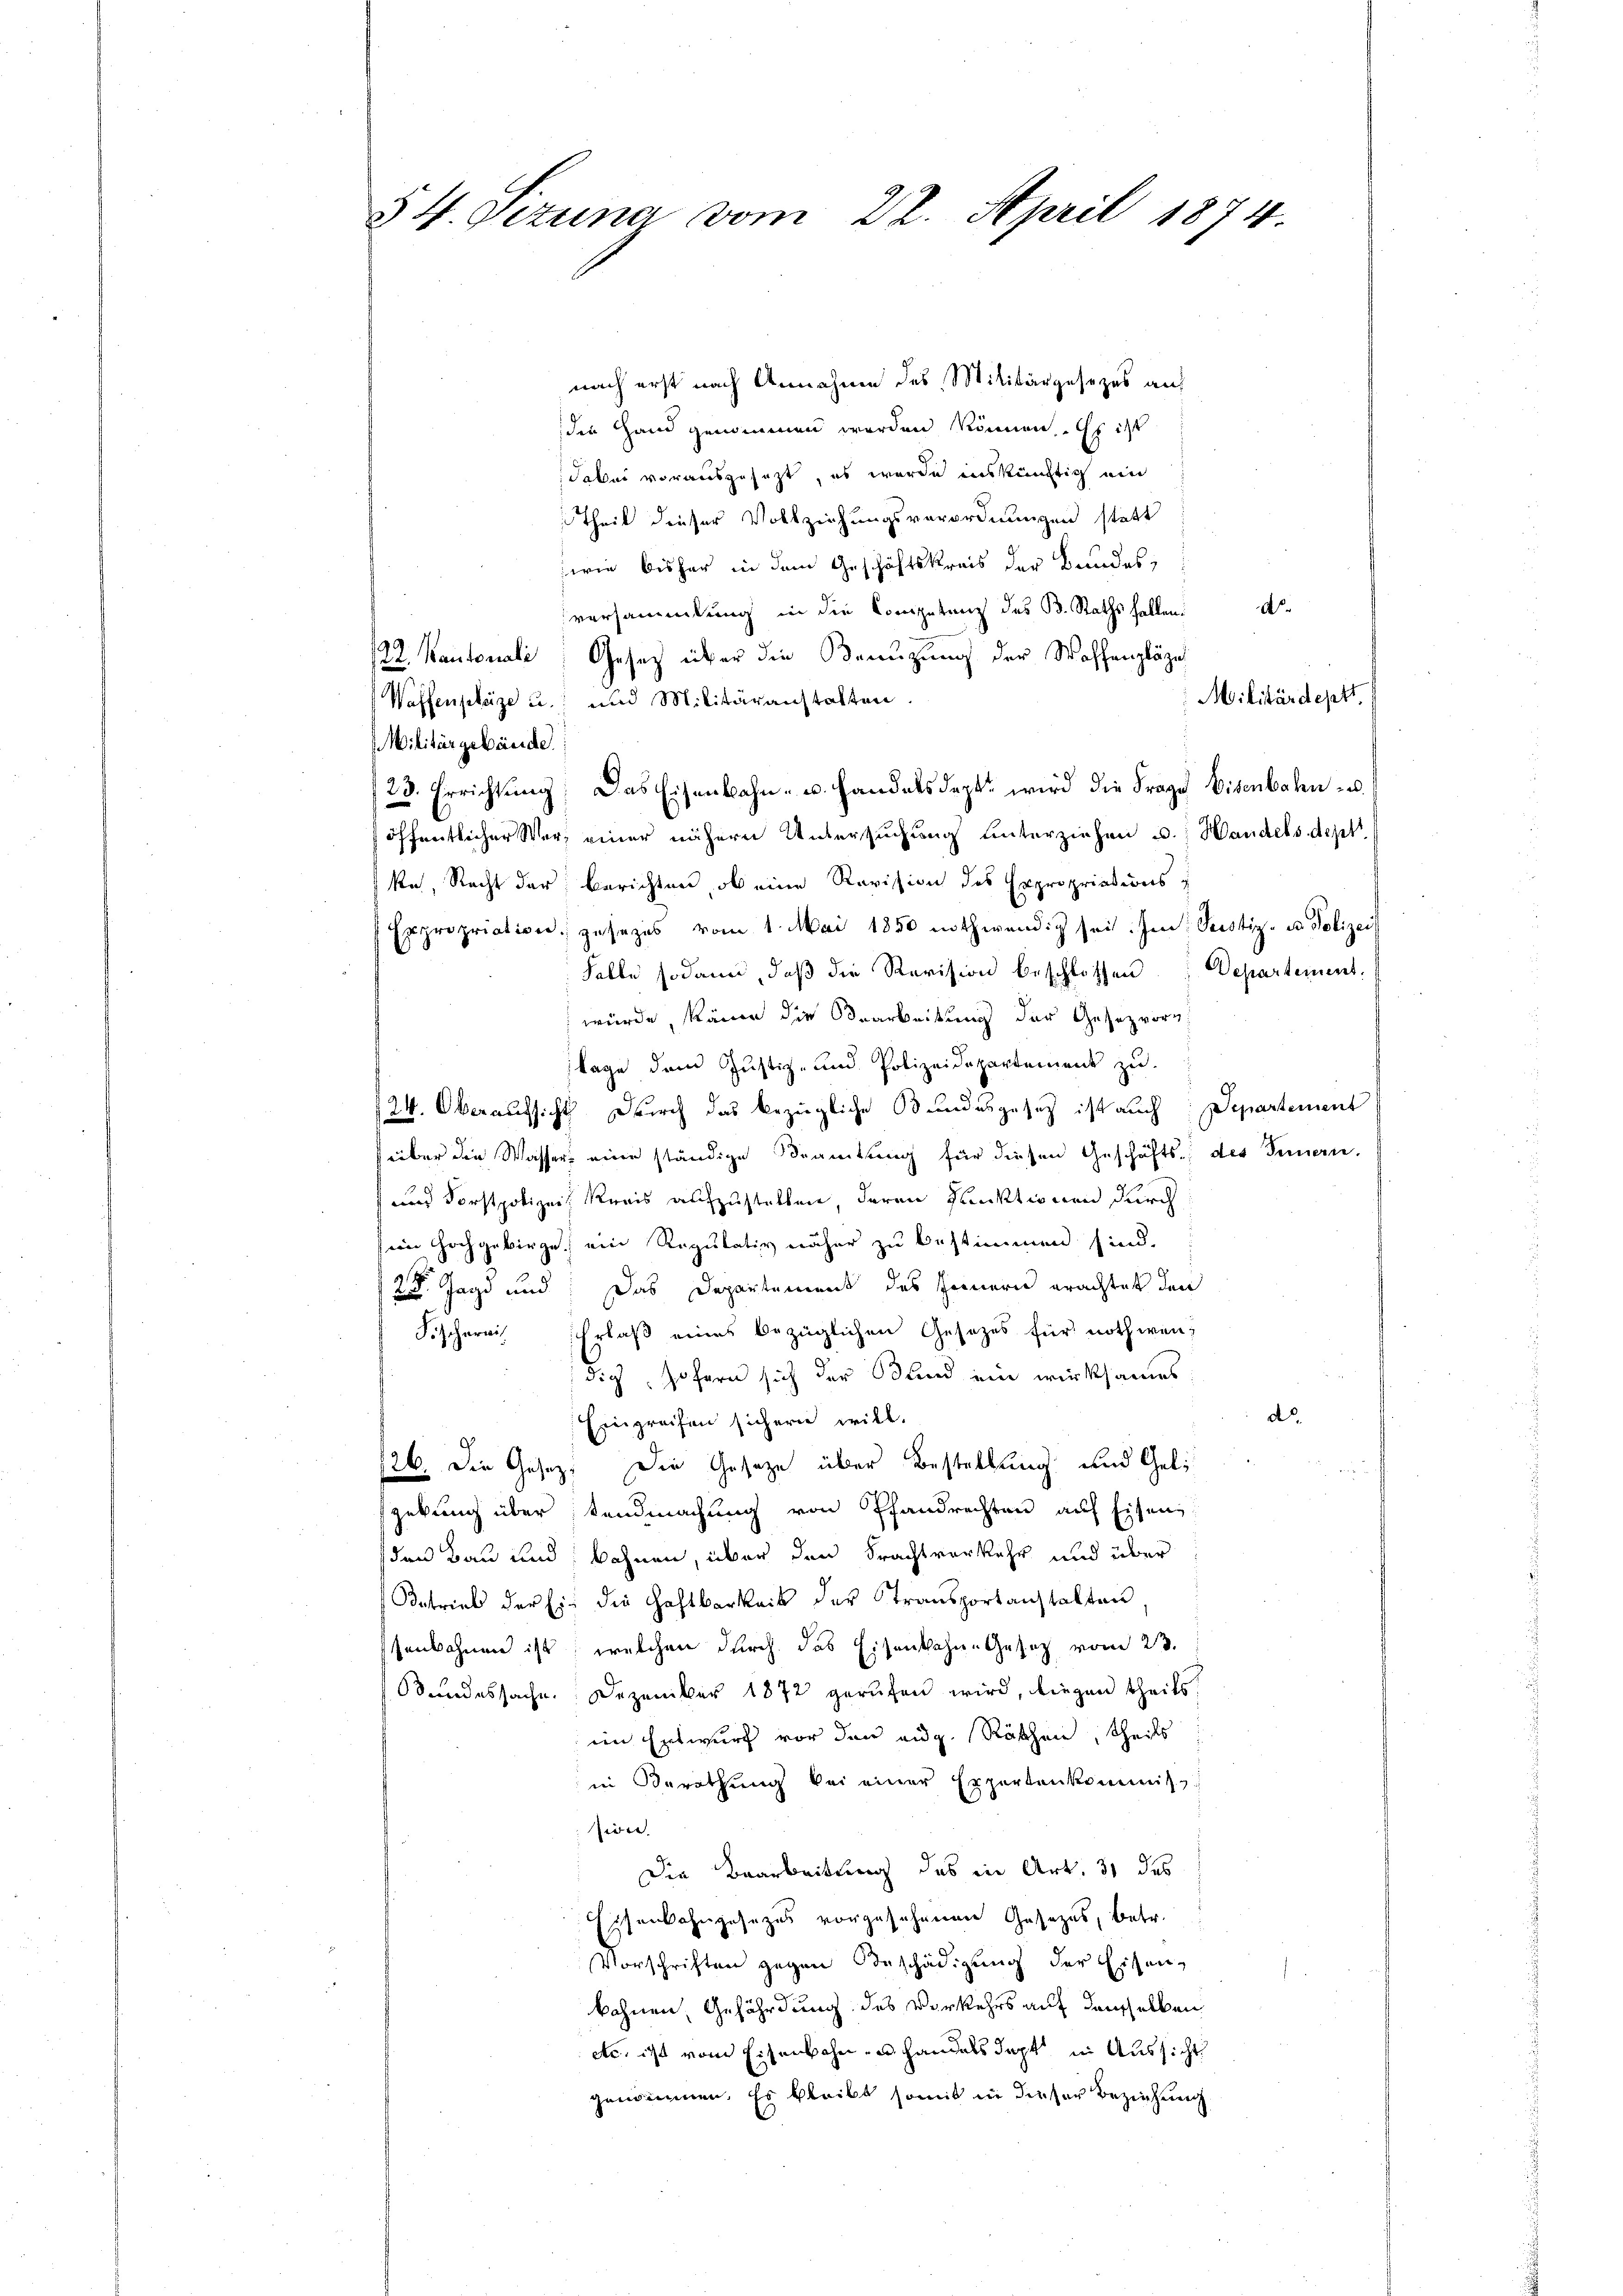
§ 4. Sizung vom 22. April 1874.

nach erst nach Annahme des Militärgesezes auf
die Hand genommen werden können. Es ist
dabei vorausgesezt, es wurde inskünftich ein
Theil dieser Vollziehungsverordnungen statt
serie bisher in dem Geschäftskreis der Bundes,
A.
versammlung in die Kompetenz des B. Raths halten:
22. Kantonali, Gesetz über die Benuzung der Waffenpläge
Militärdept
Waffenplaze u. und Militäranstalten.
Militärgebäude.
23. Errichtung. Das Eisenbahn- u. handelsdept. wird die Frage Eisenbahn- u. s
öffentlicher Wer einer nähern Untersuchung unterziehen u. Handels dep
ke, Recht der berichten, ob eine Revision des Expropriations z
Expropriation gesezes vom 1. Mai 1850 nothwendig sei. Im Seestiz- u Polizei
Falle sodann, daβ die Revision beschlossen Departement,
würde, könne die Bearbeitung der Gesetz vorg
lage dem Justiz- und Polizeidepartement zu.
124. Oberaufsicht durch das bezügliche Bundesgesetz ist auch Departement
über die Wasser eine ständige Beamtung für diesen Geschäfts des Fernern,
und Forstpolizei Kreis aufzustellen, deren Punktionen durch
en Hochgebirge, ein Regulativ näher zu bestimmen sind.
28. Jagd und Das Departement des Innern erachtet den
Fischernis Erlaß eines bezüglichen Gesetzes für nothwendig, sofern sich der Bund ein wirksames
d.
Eingreifen sichern will.
/26. Die Gesetz, Die Gesetze über Bestellung und Geli
gebung über standmachung von Pfandrechten auf Eisen,
den Bau und wohnen, über den Frachtverkehr und über
Betrieb der Ein die Haftbarkeit der Transportanstalten
senbahnen ist, welchen durch das Eisenbahne Gesetz vom 23.
Bundessache. Dezember 1872 gerufen wird, liegen theils
im Entwurf vor den eidg. Räthen, theils
in Berathung bei einer Expertenkommis-
siren.
Die Bearbeitung des in Art. 31 des
Eisenbahngesetzes vorgesehenen Gesetzes, betr.
Vorschriften gegen Beschädigung der Eisen-
bohnen, Gefährdung des Verkehrs auf denselben
etc. ist vom Eisenbahnen Handels dept, in Aussicht
genommen. Es bleibt somit in dieser Beziehung